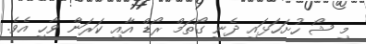
މި ޝޯ ހުށަހަޅައި ދެނީ ގޯތަމް ރޯޑް އާއި ކަރަން ވާހީ އެވެ.